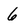
Character: 6